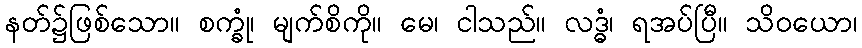
နတ်၌ဖြစ်သော။ စက္ခုံ၊ မျက်စိကို။ မေ၊ ငါသည်။ လဒ္ဓံ၊ ရအပ်ပြီ။ သိဝယော၊